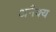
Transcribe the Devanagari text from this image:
अनैक्य